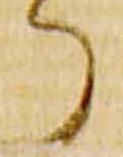
了